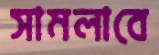
সামলাবে